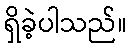
ရှိခဲ့ပါသည်။